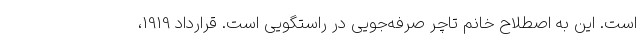
است. این به اصطلاح خانم تاچر صرفه‌جویی در راستگویی است. قرارداد 1919،